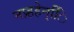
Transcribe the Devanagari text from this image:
नप्र्हहेन्िि